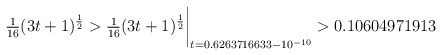
\begin{align*} \tfrac{1}{16}(3t+1)^{\frac12} > \tfrac{1}{16}(3t+1)^{\frac12}\biggr\rvert_{t=0.6263716633 - 10^{-10}} > 0.10604971913\quad\end{align*}